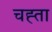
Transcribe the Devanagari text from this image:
चह्ता